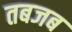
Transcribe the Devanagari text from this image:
तबजब